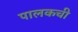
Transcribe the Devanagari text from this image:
पालकची